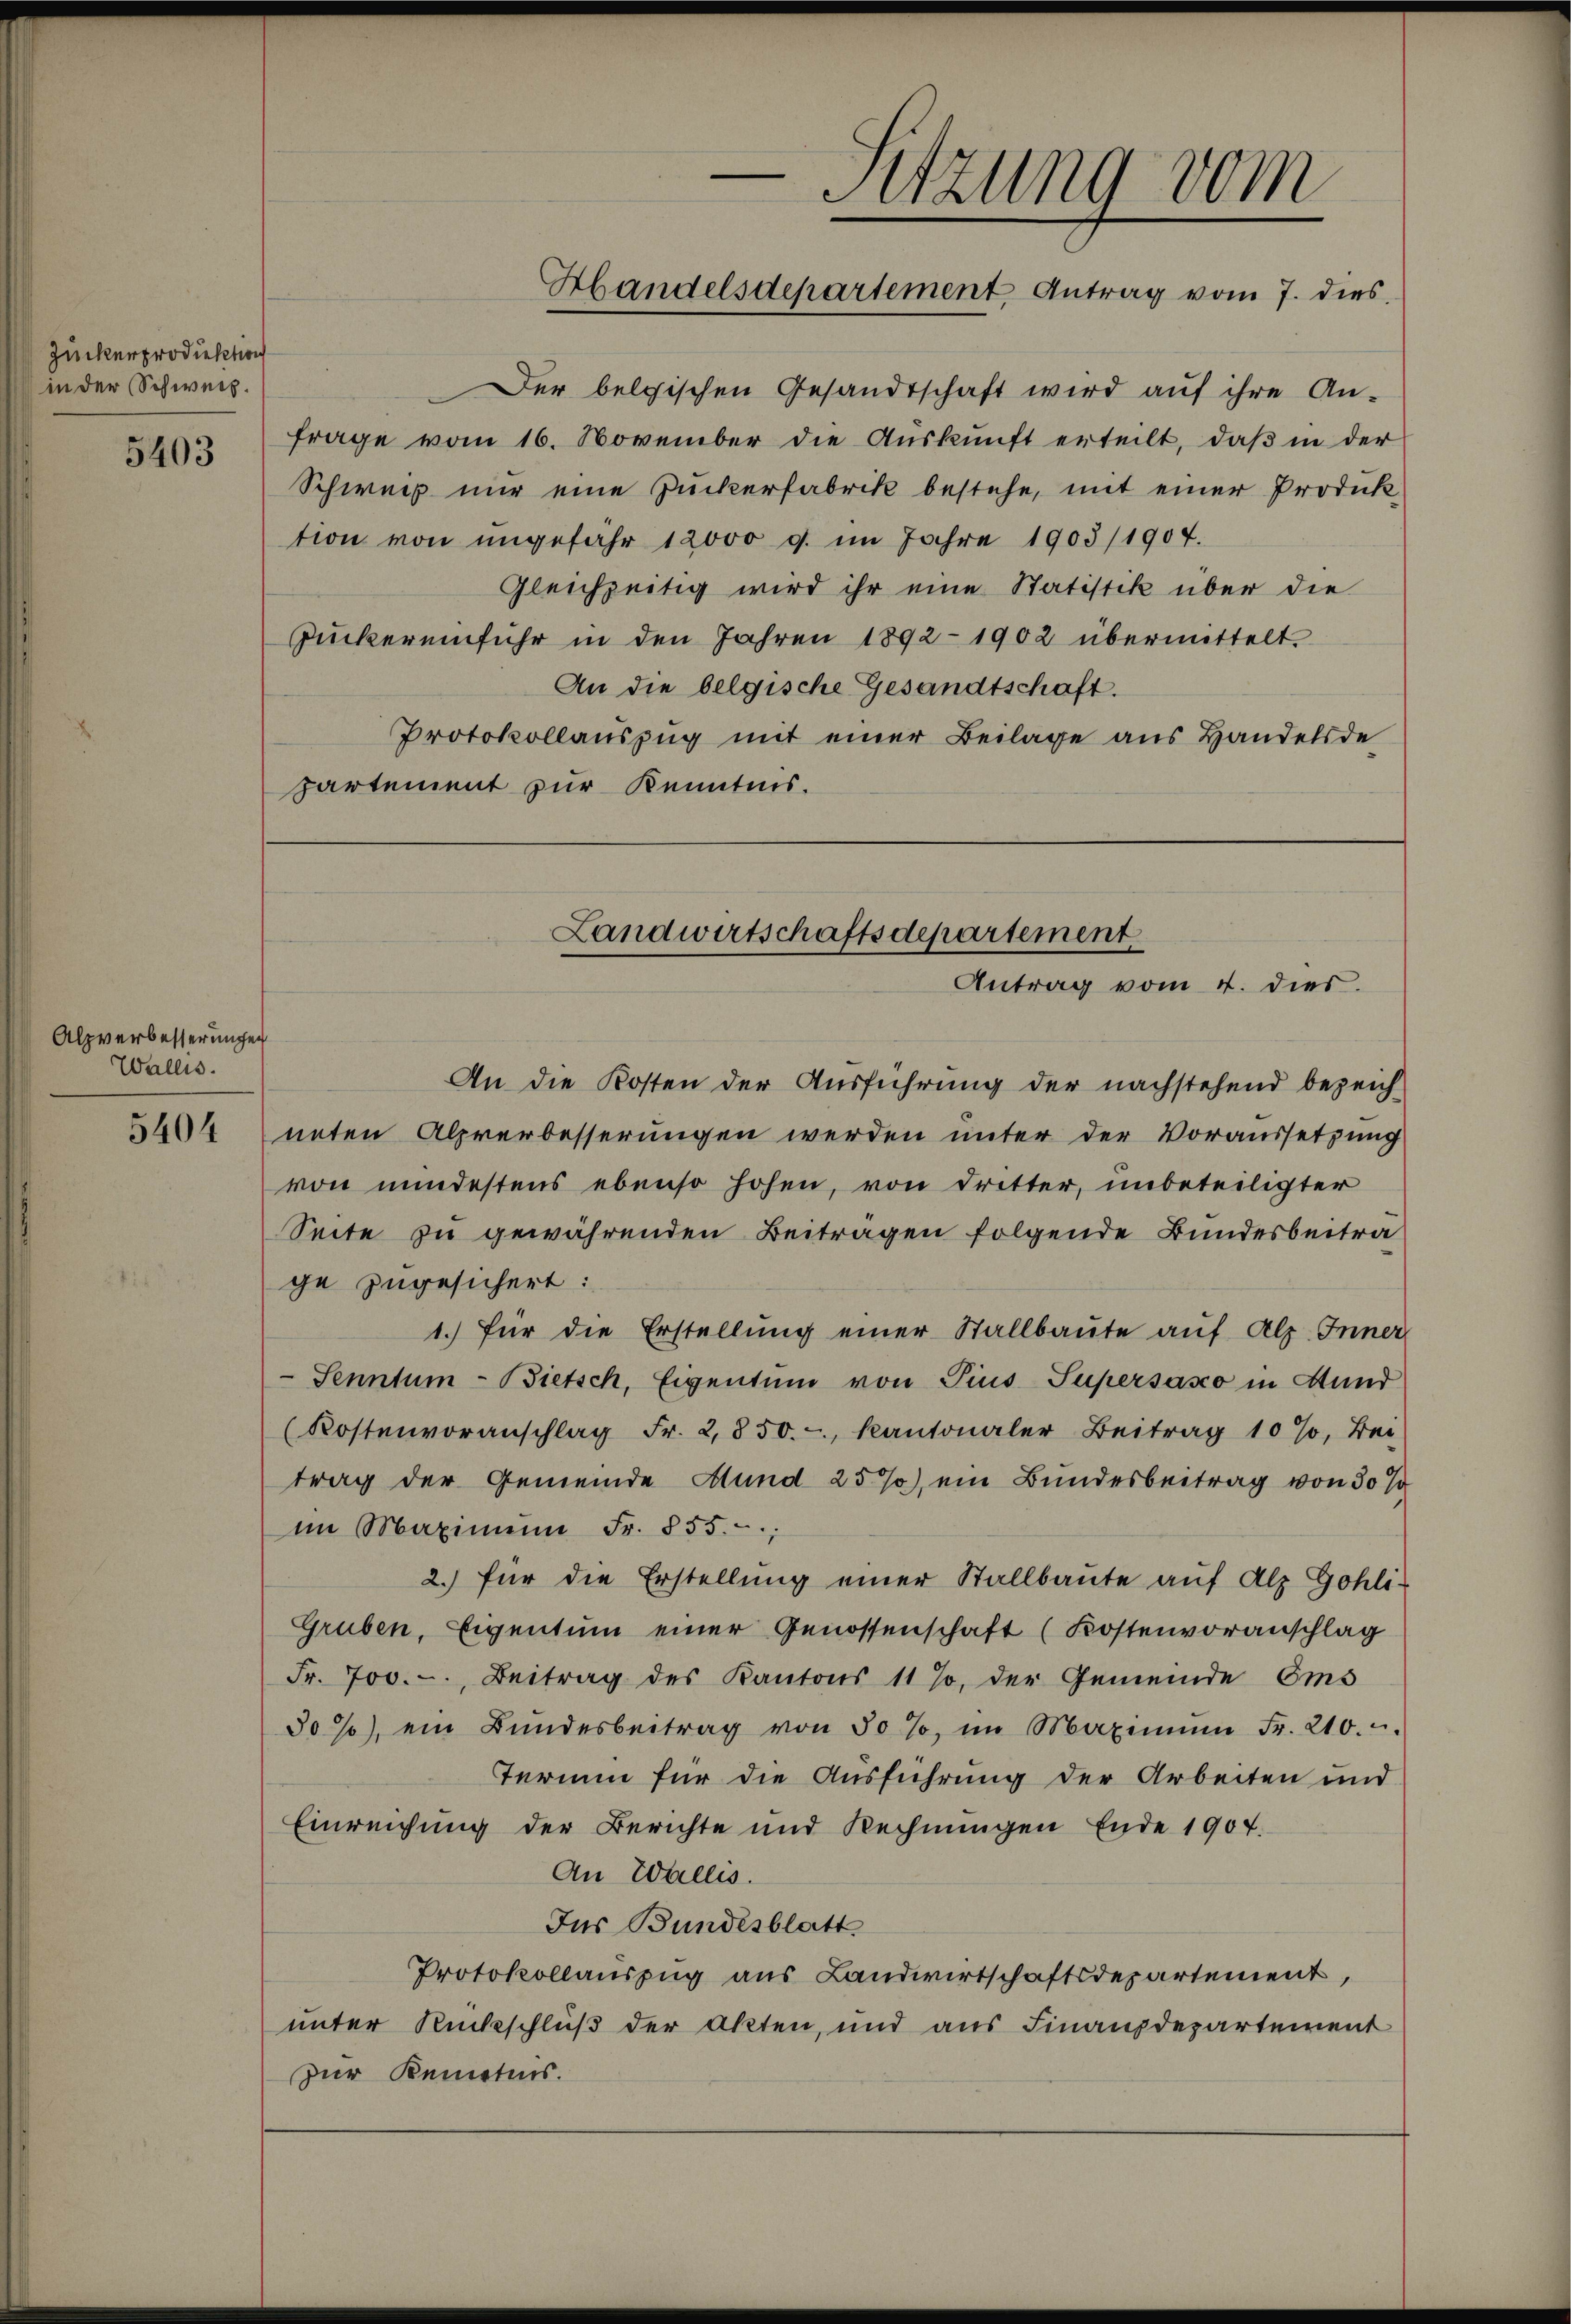
Zuckerprodiektion
in der Schweiz.
5403

Alpverbesserungen
Wallis.

5404

Sitzung vom
Handelsdepartement, Antrag vom 7. dies

Der belgischen Gesandtschaft wird aŭf ihre An-
frage vom 16. November die Aŭskŭnft erteilt, daβ in der
Schweiz nur eine Zuckerfabrik bestehe, mit einer Produk
tion von ungefahr 12000 g. im Jahre 1903/1907.
Gleichzeitig wird ihr eine Statistik über die
Zuckereinfuhr in den Jahren 1892 - 1902 übermittelt.
An die belgische Gesandtschaft.
Protokollauszug mit einer Beilage aus Handelsde
partement zur Kenntnis.

Landwirtschaftsdepartement
Antrag vom 4. dies.

An die Kosten der Ausführung der nachstehend bezeich-
neten Alprerbesserungen werden unter der Voraussetzung
von mindestens ebenso hohen, von Dritter, unbeteiligter
Seite zu gewährenden Beiträgen folgende Bundesbeitra
ge zugesichert:
1.) für die Erstellŭng einer Stallbaute auf Alz. Inner
 Senntum - Bietsch, Eigentum von Pius-Supersaso in Stund
(Kostenvoranschlag Fr. 2850. - Kantonaler Beitrag 10 %, Bei-
trag der Gemeinde Mund 25%), ein Bundesbeitrag von 30 Ja
im Maximŭm Fr. 855;
2.) für die Erstellung einer Stallbaute auf Alz Gohli-
Gruben, Eigentum einer Genossenschaft (Kostenvoranschlag
Fr. 700.-, Beitrag des Kantons 11 %, der Gemeinde Ems
30%), ein Bŭndesbeitrag von 50 %, im Maximŭm Fr. 210.
Termin für die Ausführung der Arbeiten und
Einreichung der Berichte und Rechnŭngen Ende 1907.
An Wallis.
Jus Bundesblatt
Protokollauszug aus Landwirtschaftsdepartement,
unter Rückschluß der Akten, und aus Finanzdepartement
zur Kenntnis.